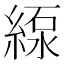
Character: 𦂥